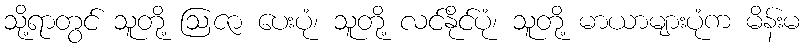
သို့ရာတွင် သူတို့ ဩဇာ ပေးပုံ၊ သူတို့ လင်နိုင်ပုံ၊ သူတို့ မာယာများပုံက မိန်းမ